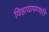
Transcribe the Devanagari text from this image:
विहायापण्णति